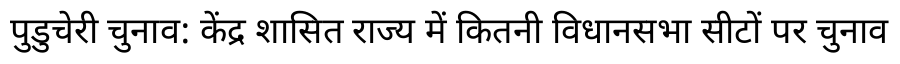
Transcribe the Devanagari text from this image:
पुडुचेरी चुनाव: केंद्र शासित राज्य में कितनी विधानसभा सीटों पर चुनाव